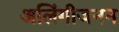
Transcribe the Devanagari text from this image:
अलिंगीजनन